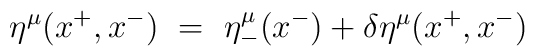
\eta^\mu (x^+, x^-) ~=~ \eta_-^\mu (x^-) + \delta \eta^\mu (x^+,x^-)